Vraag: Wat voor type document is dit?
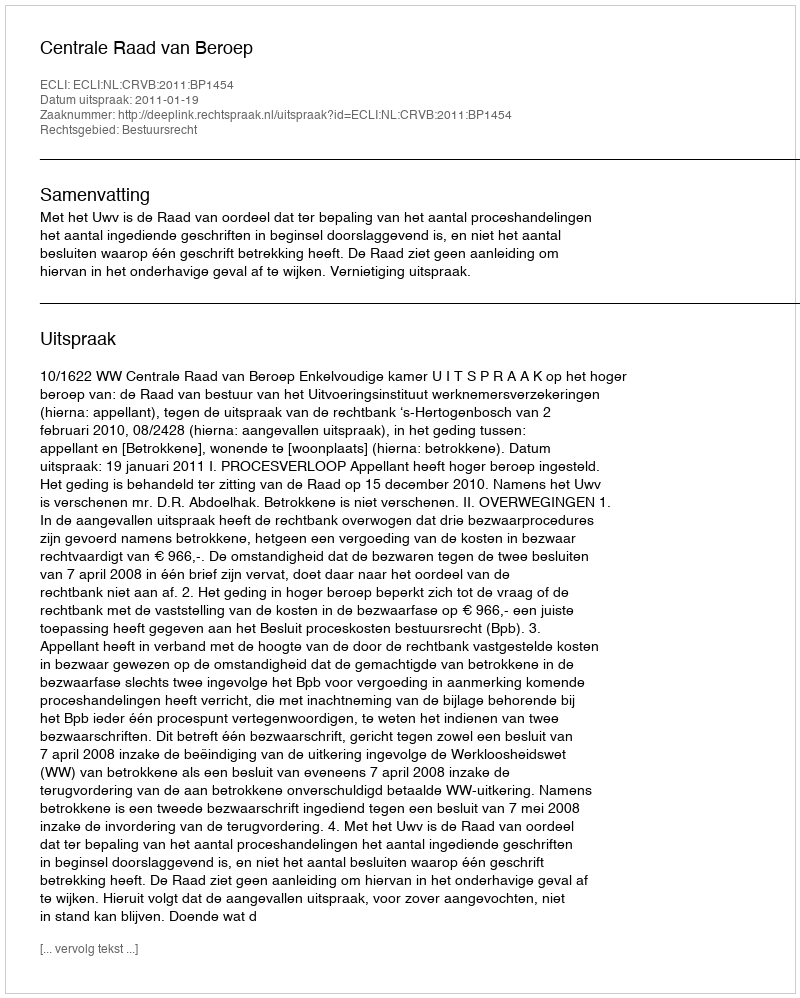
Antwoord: Uitspraak